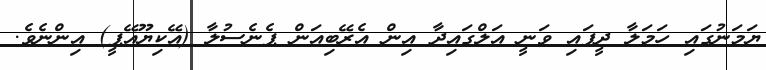
ޔަމަނުގައި ހަމަލާ ދީފައި ވަނީ އަލްގައިދާ އިން އެރޭބިއަން ޕެނެސުލާ (އޭކިޔޫއޭޕީ) އިންނެވެ.